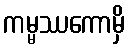
ကမ္မဿကောမှိ